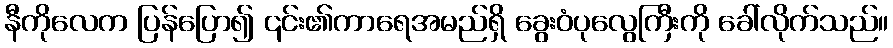
နီကိုလေက ပြန်ပြော၍ ၎င်း၏ကာရေအမည်ရှိ ခွေးဝံပုလွေကြီးကို ခေါ်လိုက်သည်။